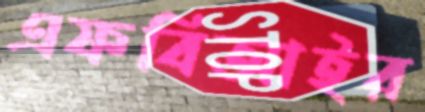
এফবিআইর